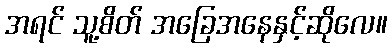
အရင် သူ့စိတ် အခြေအနေနှင့်ဆိုလေ။